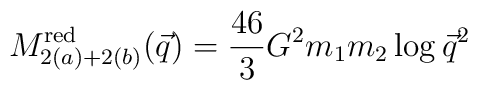
M_{2(a)+2(b)}^{\rm red}(\vec{q})={46\over 3}G^2m_1m_2\log\vec{q}^2